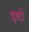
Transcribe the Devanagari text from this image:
इष्‍टों